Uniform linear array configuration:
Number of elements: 64
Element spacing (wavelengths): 1
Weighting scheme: kaiser
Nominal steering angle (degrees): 45
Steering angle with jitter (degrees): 45.838
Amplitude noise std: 0.05
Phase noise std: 0.05

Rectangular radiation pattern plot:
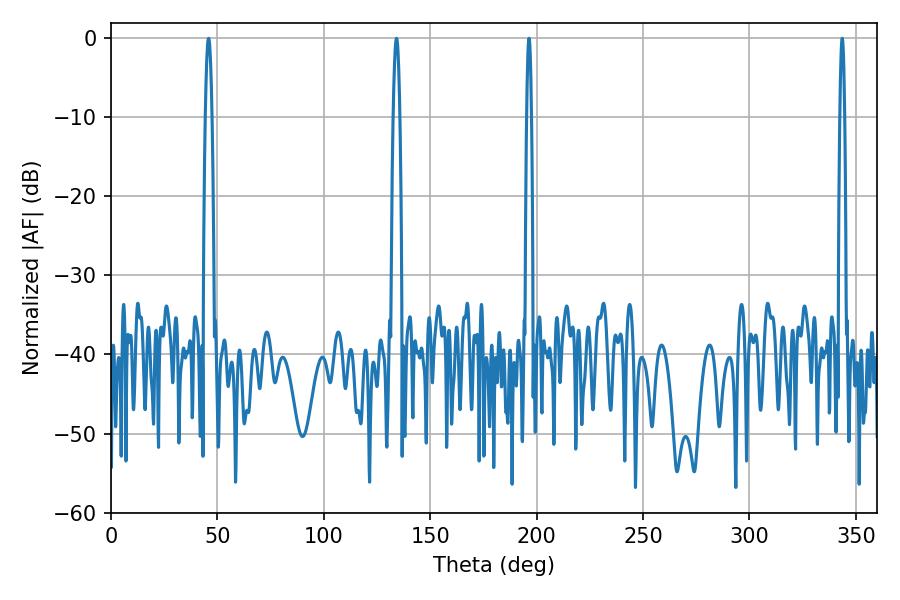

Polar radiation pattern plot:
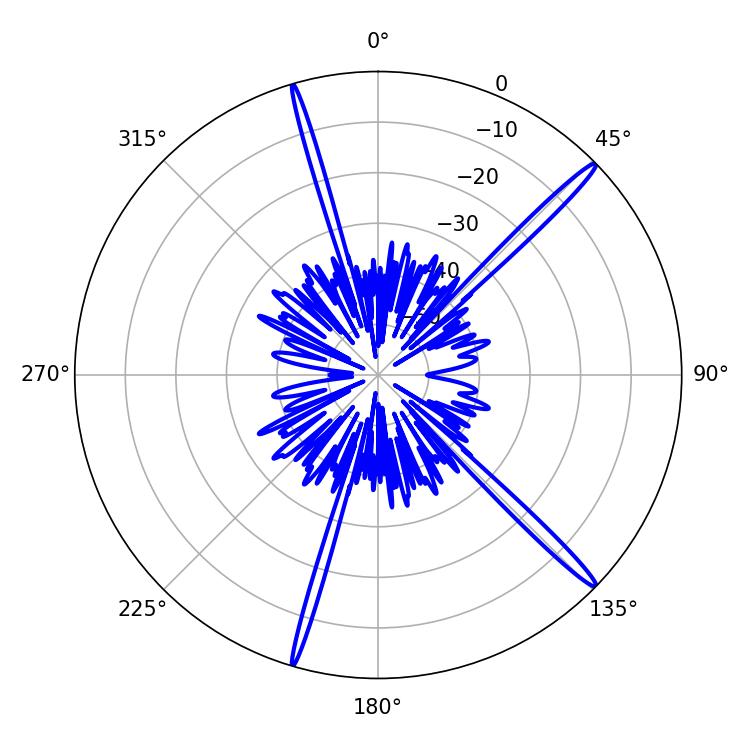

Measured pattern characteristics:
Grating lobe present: TRUE
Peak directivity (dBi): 17.681
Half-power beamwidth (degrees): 1.08
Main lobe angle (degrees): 196.38